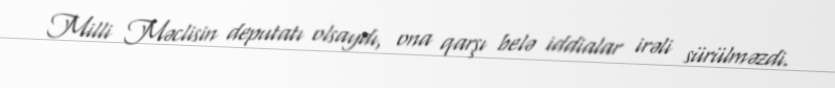
Milli Məclisin deputatı olsaydı, ona qarşı belə iddialar irəli sürülməzdi.